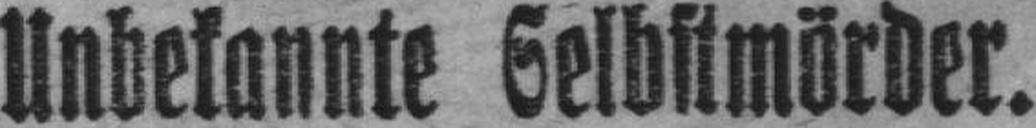
Unbekannte Selbstmörder.